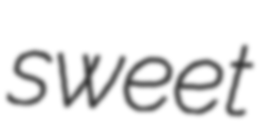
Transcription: sweet